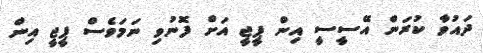
ދައުވާ ކުރަން އޭސީސީ އިން ޕީޖީ އަށް ފޮނުވި ނަމަވެސް ޕީޖީ އިން